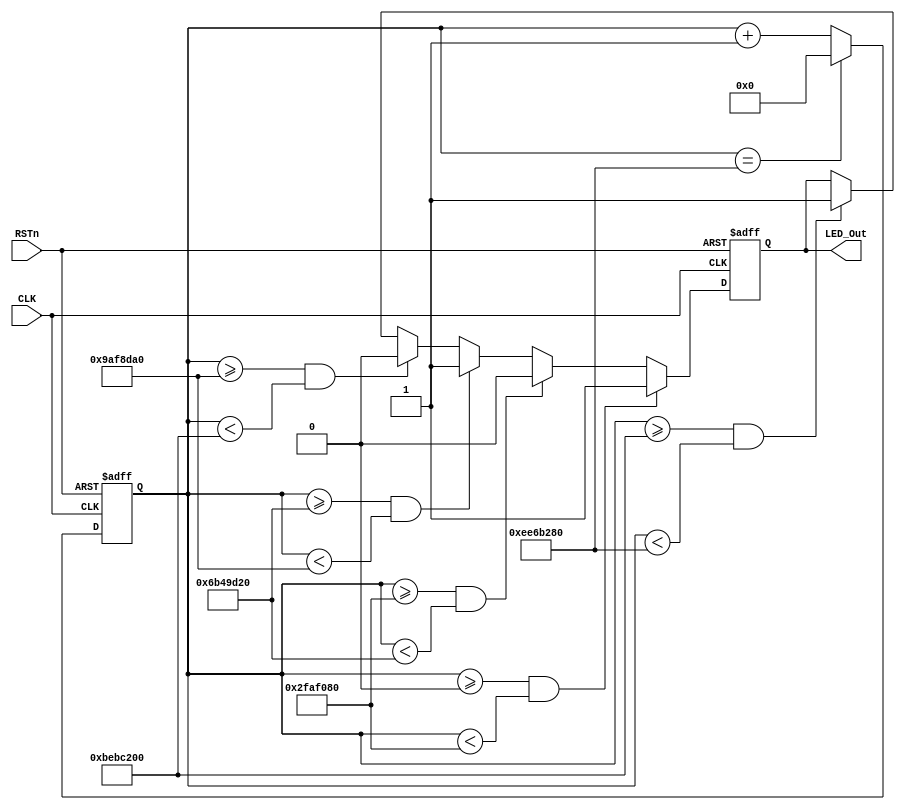
module led1_module
(
    CLK, RSTn, LED_Out
);

    input CLK;
    input RSTn;
    output LED_Out;
    
    /*************************************/
    
    parameter T5S = 28'd250_000_000;//DB4CE1550MHz50M*5=250_000_000
	 
    /*************************************/
    
     reg [27:0]Count1;
    
    always @ ( posedge CLK or negedge RSTn )
	    if( !RSTn )	
	        Count1 <= 28'd0;
	    else if( Count1 == T5S )
	        Count1 <= 28'd0;
	    else
	        Count1 <= Count1 + 1'b1;
	        
	/*************************************/
	
	reg rLED_Out;
	
	always @ ( posedge CLK or negedge RSTn )
        if( !RSTn ) 
            rLED_Out <= 1'b0;
        else if( Count1 >= 28'd0 && Count1 < 28'd50_000_000 )//0led1
            rLED_Out <= 1'b1;
        else if( Count1 >=28'd50_000_000 && Count1 < 28'd112_500_000 ) //
            rLED_Out <= 1'b0;	  
		  else if( Count1 >=28'd112_500_000 && Count1 < 28'd162_500_000 )//
				rLED_Out <= 1'b1;
		  else if( Count1 >=28'd162_500_000 && Count1 < 28'd200_000_000 )//
				rLED_Out <= 1'b0;
		  else if( Count1 >=28'd200_000_000 && Count1 < 28'd250_000_000 )//
            rLED_Out <= 1'b1;
     /***************************************/
     
     assign LED_Out = rLED_Out;
     
     /***************************************/
              
    
endmodule